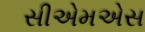
સીએમએસ